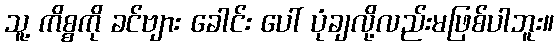
သူ့ ကိစ္စကို ခင်ဗျား ခေါင်း ပေါ် ပုံချလို့လည်းမဖြစ်ပါဘူး။